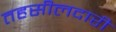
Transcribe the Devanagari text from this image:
तहसीलदारी